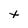
Character: t